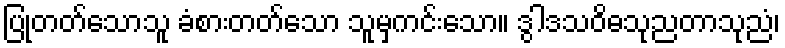
ပြုတတ်သောသူ ခံစားတတ်သော သူမှကင်းသော။ ဒွါဒသဝိဓသုညတာသုညံ၊